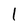
Character: 1